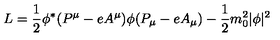
L = \frac { 1 } { 2 } \phi ^ { * } ( P ^ { \mu } - e A ^ { \mu } ) \phi ( P _ { \mu } - e A _ { \mu } ) - \frac { 1 } { 2 } m _ { 0 } ^ { 2 } | \phi | ^ { 2 }